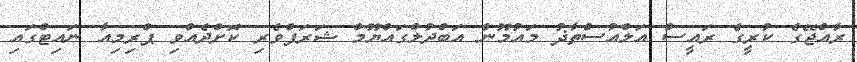
ރާއްޖޭގެ ކުރީގެ ރައީސް އަލްއުސްތާޛު މައުމޫން އަބްދުލްގައްޔޫމް ޝަރަފްވެރި ކޮށްދެއްވި ޕްރިމިއާ ނައިޓްގައި